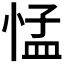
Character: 𢛴